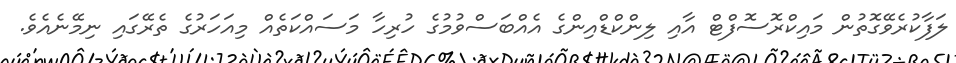
ލަފާކުރެވޭގޮތުން މައިކްރޮސޮފްޓް އާއި ލިންކްޑްއިންގެ އެއްބަސްވުމުގެ ހުރިހާ މަސައްކަތެއް މިއަހަރުގެ ތެރޭގައި ނިމޭނެއެވެ.